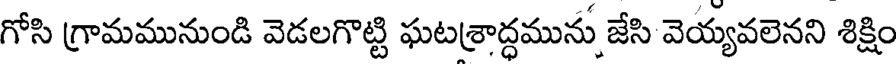
గోసి గ్రామమునుండి వెడలగొట్టి ఘటశ్రాద్ధమును జేసి వెయ్యవలెనని శిక్షిం